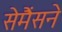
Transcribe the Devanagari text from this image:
सेमैंसने